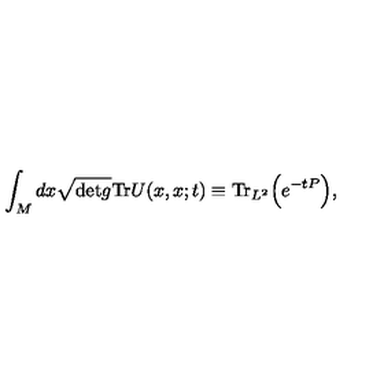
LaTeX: \int _ { M } d x \sqrt { \mathrm { { d e t } } g } \mathrm { { T r } } U ( x , x ; t ) \equiv \mathrm { { T r } } _ { L ^ { 2 } } \Bigr ( e ^ { - t P } \Bigr ) ,